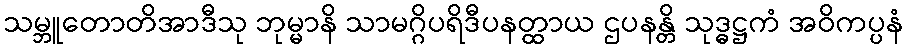
သမ္ဘူတောတိအာဒီသု ဘုမ္မာနိ သာမဂ္ဂိပရိဒီပနတ္ထာယ ဌပနန္တိ သုဒ္ဓဋ္ဌကံ အဝိကပ္ပနံ